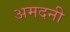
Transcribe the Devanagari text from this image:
अमदनी